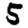
Digit: 5